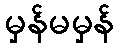
မှန်မမှန်